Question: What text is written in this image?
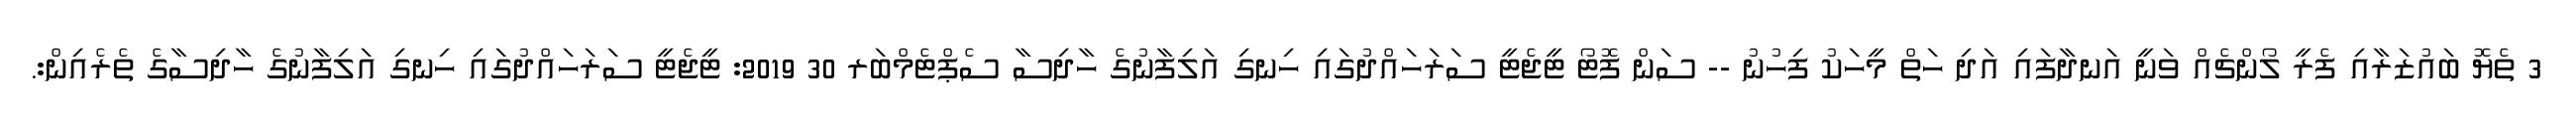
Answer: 3 ތެޔޮ ބައުޒަރާއި ފެރީ ލޯންޗެއް ވަނީ އަނދާފައި އަދި ހަތް މީހަކު ފިހުނު -- ސަން ފޮޓޯ ޓީޖެޓީ ސަރަހައްދުގައި ހިނގި އަލިފާނުގެ ހާދިސާ ސެޕްޓެމްބަރ 30 2019: ޓީޖެޓީ ސަރަހައްދުގައި ހިނގި އަލިފާނުގެ ހާދިސާގެ ތެރެއިން:.